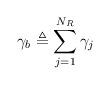
LaTeX: \begin{align*} \gamma_b \triangleq \sum_{j = 1}^{N_R} {\gamma_j}\end{align*}